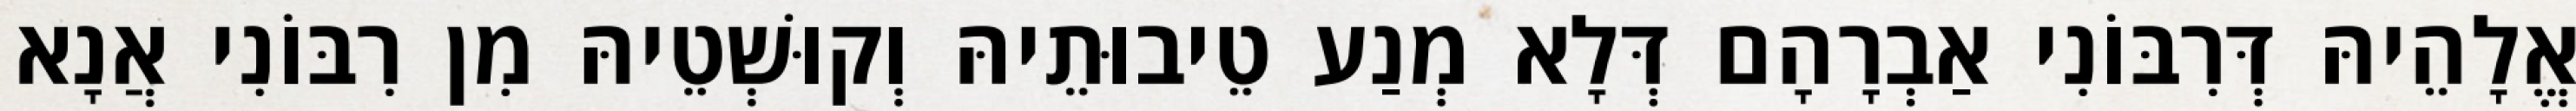
אֱלָהֵיהּ דְּרִבּוֹנִי אַבְרָהָם דְּלָא מְנַע טֵיבוּתֵיהּ וְקוּשְׁטֵיהּ מִן רִבּוֹנִי אֲנָא